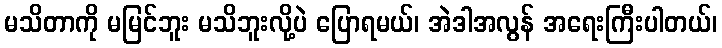
မသိတာကို မမြင်ဘူး မသိဘူးလို့ပဲ ပြောရမယ်၊ အဲဒါအလွန် အရေးကြီးပါတယ်၊